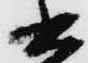
書